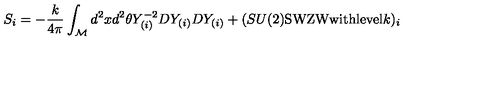
S _ { i } = - \frac { k } { 4 \pi } \int _ { \cal M } d ^ { 2 } x d ^ { 2 } \theta Y _ { ( i ) } ^ { - 2 } D Y _ { ( i ) } D Y _ { ( i ) } + ( S U ( 2 ) \mathrm { S W Z W w i t h l e v e l } k ) _ { i }